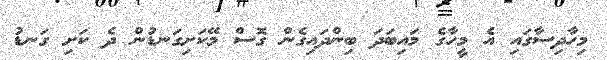
މިހާދިސާގައި އެ މީހާގެ މައިބަދަ ބިންދައިގެން ގޮސް މޭކަށިގަނޑުން ދެ ކަށި ގަނޑު